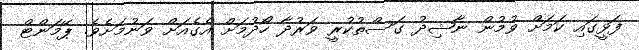
ފަޅީގައި ކަމަށް ވުމުން ނާޝިދު ގަސްތުކުރީ ވަރުދާ ހޯދުމަށް އެގެއަށް ވަނުމަށެވެ. ޕޭމަންޓް